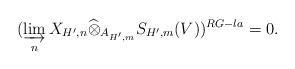
LaTeX: \begin{align*}( \varinjlim_{n} X_{H',n}\widehat{\otimes}_{A_{H',m}} S_{H',m}(V))^{RG-la}=0.\end{align*}